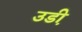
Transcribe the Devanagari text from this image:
उडी़